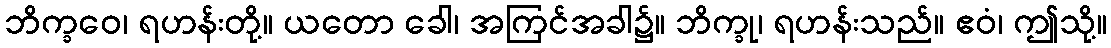
ဘိက္ခဝေ၊ ရဟန်းတို့။ ယတော ခေါ၊ အကြင်အခါ၌။ ဘိက္ခု၊ ရဟန်းသည်။ ဧဝံ၊ ဤသို့။